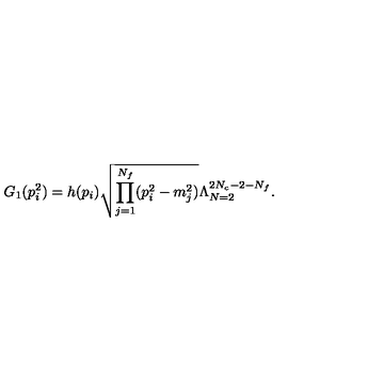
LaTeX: G _ { 1 } ( p _ { i } ^ { 2 } ) = h ( p _ { i } ) \sqrt { \prod _ { j = 1 } ^ { N _ { f } } ( p _ { i } ^ { 2 } - m _ { j } ^ { 2 } ) } \Lambda _ { N = 2 } ^ { 2 N _ { c } - 2 - N _ { f } } .